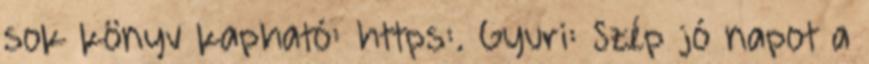
sok könyv kapható: https:. Gyuri: Szép jó napot a